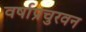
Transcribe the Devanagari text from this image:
वर्षाप्रचुरवन